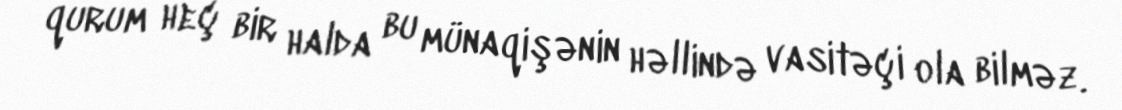
qurum heç bir halda bu münaqişənin həllində vasitəçi ola bilməz.